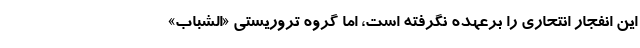
این انفجار انتحاری را برعهده نگرفته است، اما گروه تروریستی «الشباب»